Vaccination in Burma 1920-1933 - 1920-1933
Year: 1920
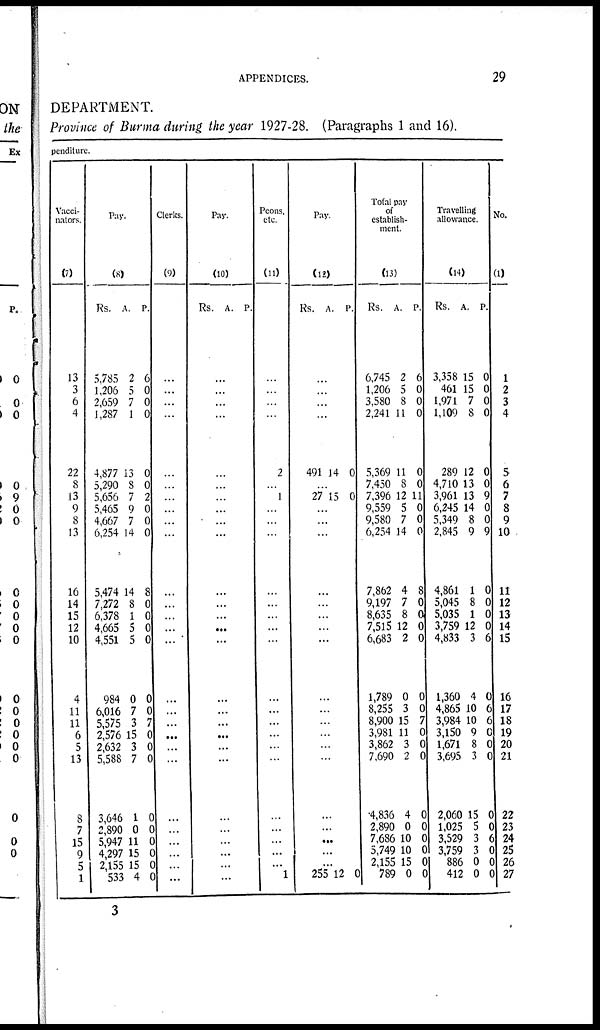
APPENDICES.
29
DEPARTMENT.
Province of Burma during the year 1927-28. (Paragraphs 1 and 16).
penditure.
Vacci-
nators.
(7)
13
3
6
4
22
8
13
9
3
13
16
14
15
12
10
4
11
11
6
5
13
8
7
15
9
5
1
Pay.
(8)
Rs.
5,785
1,206
2,659
1,287
4,877
5,290
5,656
5,465
4,667
6,254
5,474
7,272
6,378
4,665
4,551
984
6,016
5,575
2,576
2,632
5,588
3,646
2,890
5,947
4,297
2,155
533
A.
2
5
7
1
13
8
7
9
7
14
14
8
1
5
5
0
7
3
15
3
7
1
0
11
15
15
4
P.
6
0
0
0
0
0
2
0
0
0
8
0
0
0
0
0
0
7
0
0
0
0
0
0
0
0
0
Clerks.
(9)
...
...
...
...
...
...
...
...
...
...
...
...
...
...
...
...
...
...
...
...
...
...
...
...
...
...
...
Pay.
(10)
Rs. A. P.
...
...
...
...
...
...
...
...
...
...
...
...
...
...
...
...
...
...
...
...
...
...
...
...
...
...
...
Peons,
etc.
(11)
...
...
...
...
2
...
1
...
...
...
...
...
...
...
...
...
...
...
...
...
...
...
...
...
...
...
1
Pay.
(12)
Rs. A. P.
...
...
...
...
491 14 0
...
27 15 0
...
...
...
...
...
...
...
...
...
...
...
...
...
...
...
...
...
...
...
255 12 0
Total pay
of
establish-
ment.
(13)
Rs.
6,745
1,206
3,580
2,241
5,369
7,450
7,396
9,559
9,580
6,254
7,862
9,197
8,635
7,515
6,683
1,789
8,255
8,900
3,981
3,862
7,690
4,836
2,890
7,686
5,749
2,155
789
A.
2
5
8
11
11
8
12
5
7
14
4
7
8
12
2
0
3
15
11
3
2
4
0
10
10
15
0
P.
6
0
0
0
0
0
11
0
0
0
8
0
0
0
0
0
0
7
0
0
0
0
0
0
0
0
0
Travelling
allowance.
(14)
Rs.
3,358
461
1,971
1,109
289
4,710
3,961
6,245
5,349
2,845
4,861
5,045
5,035
3,759
4,833
1,360
4,865
3,984
3,150
1,671
3,695
2,060
1,025
3,529
3,759
886
412
A.
15
15
7
8
12
13
13
14
8
9
1
8
1
12
3
4
10
10
9
8
3
15
5
3
3
0
0
P.
0
0
0
0
0
0
9
0
0
9
0
0
0
0
6
0
6
6
0
0
0
0
0
6
0
0
0
No.
(1)
1
2
3
4
5
6
7
8
9
10
11
12
13
14
15
16
17
18
19
20
21
22
23
24
25
26
27
3